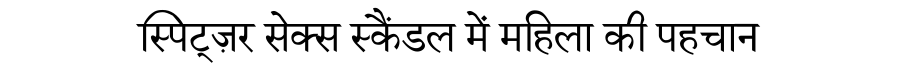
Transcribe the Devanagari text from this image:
स्पिट्ज़र सेक्स स्कैंडल में महिला की पहचान